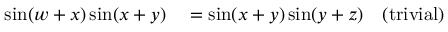
\begin{array} { r l r } { \sin ( w + x ) \sin ( x + y ) } & { { } = \sin ( x + y ) \sin ( y + z ) } & { { \mathrm { ( t r i v i a l ) } } } \end{array}